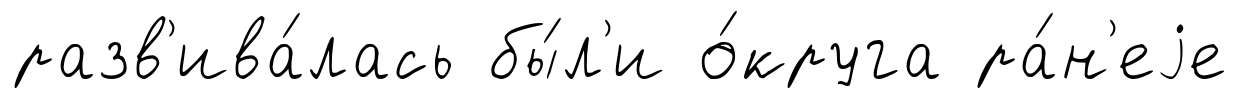
разв'ива́лась бы́л'и о́круга ра́н'еjе